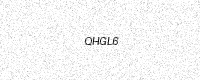
Text: QHGL6